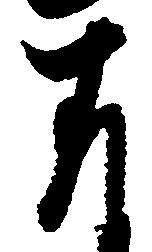
存